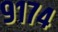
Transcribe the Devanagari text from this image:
९१७४